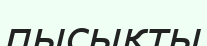
пысықты